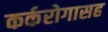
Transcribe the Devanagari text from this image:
कर्करोगासह